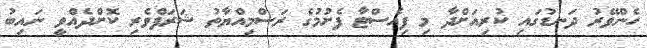
ހެންވޭރު ދަނޑުގައި ކުރިއަށްދާ މި ފިއެސްޓާ ފެށުމުގެ ރަސްމިއްޔާތު ޝަރަފްވެރި ކޮށްދެއްވީ ނައިބު